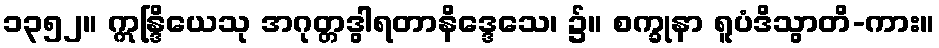
၁၃၅၂။ ဣန္ဒြိယေသု အဂုတ္တဒွါရတာနိဒ္ဒေသေ၊ ၌။ စက္ခုနာ ရူပံဒိသွာတိ-ကား။